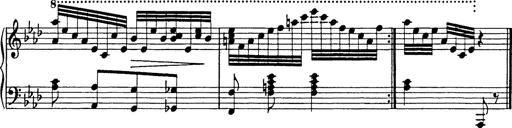
Title: 8 Variations
Composer: Franz Liszt
Key: A-flat major